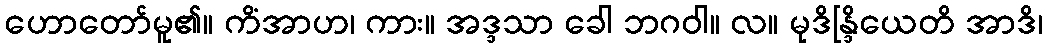
ဟောတော်မူ၏။ ကိံအာဟ၊ ကား။ အဒ္ဒသာ ခေါ ဘဂဝါ။ လ။ မုဒိန္ဒြိယေတိ အာဒိ၊